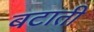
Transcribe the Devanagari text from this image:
बटाती